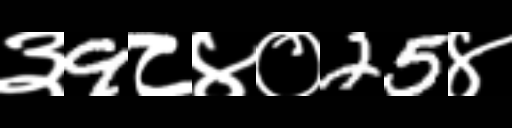
Text: ३9८४०25४